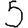
Digit: 5